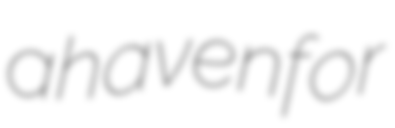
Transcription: a haven for